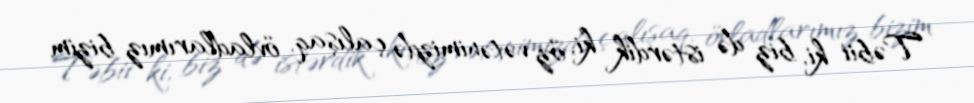
Təbii ki, biz də istərdik ki, öz vətənimizdə çalışaq, övladlarımız bizim